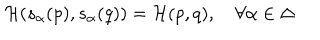
{ \cal H } ( s _ { \alpha } ( p ) , s _ { \alpha } ( q ) ) = { \cal H } ( p , q ) , \quad \forall \alpha \in \Delta